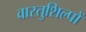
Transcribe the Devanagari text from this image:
वास्तुशिल्पों